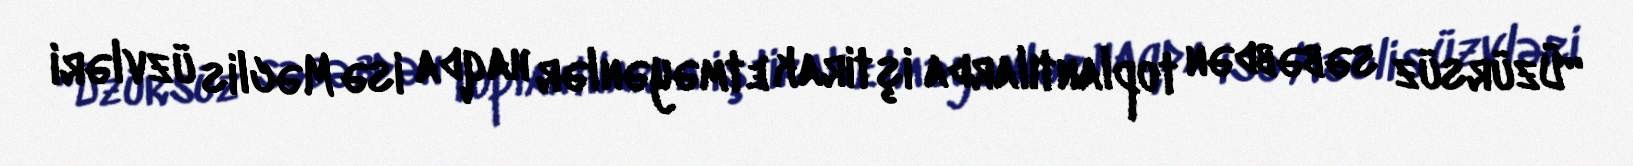
“Üzürsüz səbəbdən toplantılarda iştirak etməyənlər haqda isə Məclis üzvləri